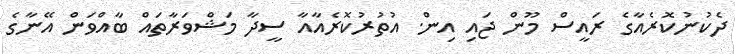
ދެކުނުކޮރެއާގެ ރައީސް މޫން ޖައި އިން. އުތުރުކޮރެއާއާ ސީދާ މަޝްވަރާތައް ބާއްވަން އޭނާގެ